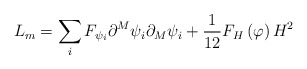
\begin{align*}L_m=\sum_iF_{\psi _i}\partial ^M\psi _i\partial _M\psi _i+\frac1{12}F_H\left( \varphi \right) H^2 \end{align*}